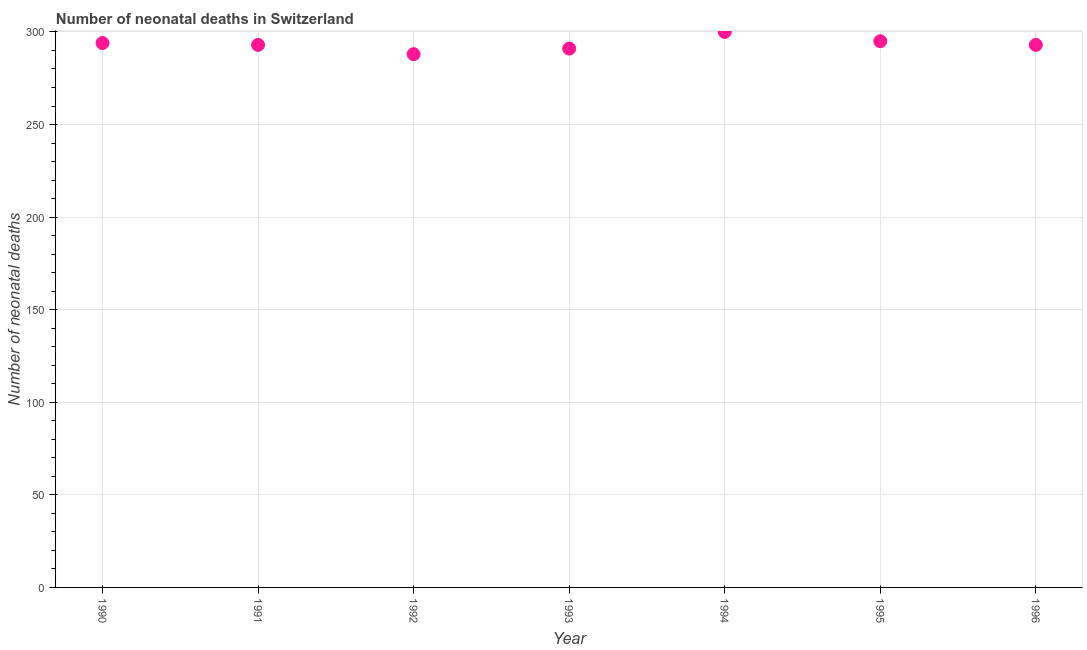
| Year | Neonatal deaths |
 | --- | --- |
 | 1990 | 294 |
 | 1991 | 293 |
 | 1992 | 288 |
 | 1993 | 291 |
 | 1994 | 300 |
 | 1995 | 295 |
 | 1996 | 293 |